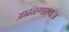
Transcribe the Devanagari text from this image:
आढळणार्‍यअ